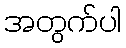
အတွက်ပါ